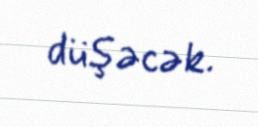
düşəcək.